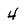
Character: 4